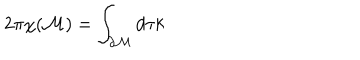
LaTeX: 2 \pi \chi ( \mathcal { M } ) = \int _ { \partial { \cal M } } d \tau k